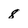
Character: 8